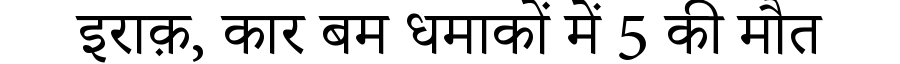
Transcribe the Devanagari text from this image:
इराक़, कार बम धमाकों में 5 की मौत